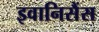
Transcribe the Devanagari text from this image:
इवानिसैंस